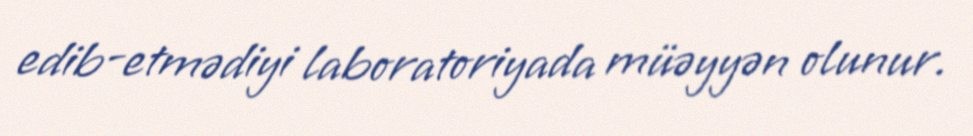
edib-etmədiyi laboratoriyada müəyyən olunur.